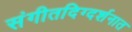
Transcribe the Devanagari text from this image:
संगीतदिग्दर्शनात